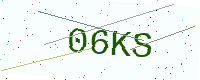
Text: 06KS